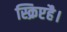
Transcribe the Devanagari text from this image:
स्क्रिप्टहै।